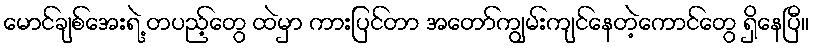
မောင်ချစ်အေးရဲ့ တပည့်တွေ ထဲမှာ ကားပြင်တာ အတော်ကျွမ်းကျင်နေတဲ့ကောင်တွေ ရှိနေပြီ။